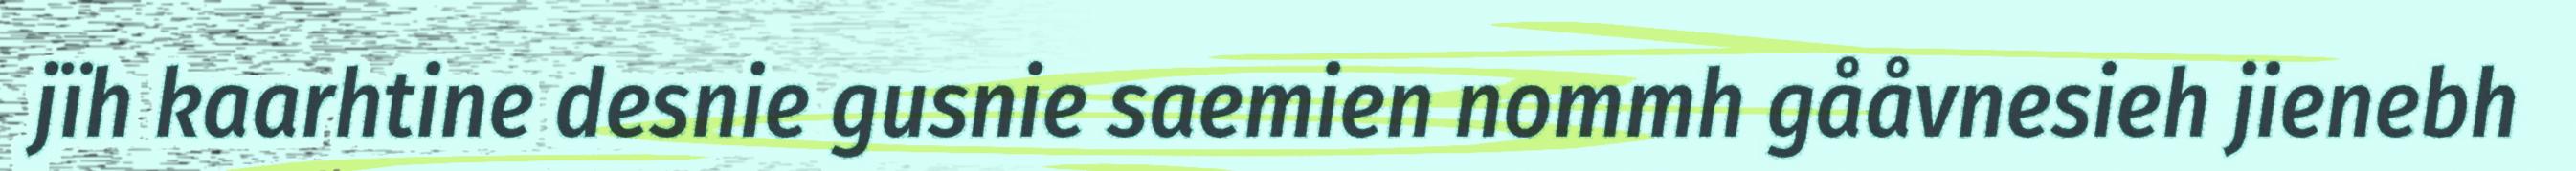
jïh kaarhtine desnie gusnie saemien nommh gååvnesieh jienebh